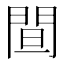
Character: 䦔